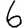
Digit: 6